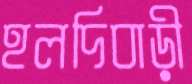
হলদিবাড়ী